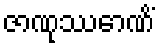
ဇာဏုဿောဏိံ